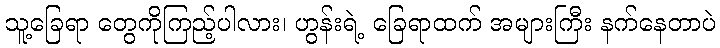
သူ့ခြေရာ တွေကိုကြည့်ပါလား၊ ဟွန်းရဲ့ ခြေရာထက် အများကြီး နက်နေတာပဲ